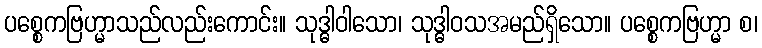
ပစ္စေကဗြဟ္မာသည်လည်းကောင်း။ သုဒ္ဓါဝါသော၊ သုဒ္ဓါဝသအမည်ရှိသော။ ပစ္စေကဗြဟ္မာ စ၊